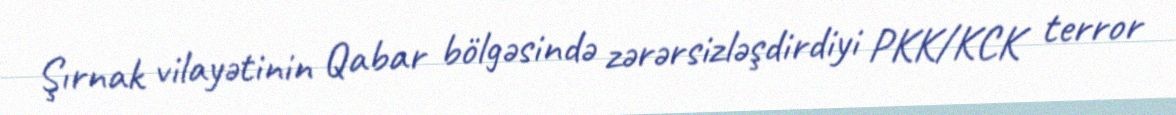
Şırnak vilayətinin Qabar bölgəsində zərərsizləşdirdiyi PKK/KCK terror